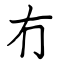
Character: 冇